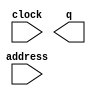
// megafunction wizard: %ROM: 1-PORT%VBB%
// GENERATION: STANDARD
// VERSION: WM1.0
// MODULE: altsyncram 

// ============================================================
// Megafunction Name(s):
// 			altsyncram
//
// Simulation Library Files(s):
// 			altera_mf
// ============================================================
// ************************************************************
// THIS IS A WIZARD-GENERATED FILE. DO NOT EDIT THIS FILE!
//
// 19.1.0 Build 670 09/22/2019 SJ Lite Edition
// ************************************************************

//Copyright (C) 2019  Intel Corporation. All rights reserved.
//Your use of Intel Corporation's design tools, logic functions 
//and other software and tools, and any partner logic 
//functions, and any output files from any of the foregoing 
//(including device programming or simulation files), and any 
//associated documentation or information are expressly subject 
//to the terms and conditions of the Intel Program License 
//Subscription Agreement, the Intel Quartus Prime License Agreement,
//the Intel FPGA IP License Agreement, or other applicable license
//agreement, including, without limitation, that your use is for
//the sole purpose of programming logic devices manufactured by
//Intel and sold by Intel or its authorized distributors.  Please
//refer to the applicable agreement for further details, at
//https://fpgasoftware.intel.com/eula.

module bg_tex_mem (
	address,
	clock,
	q);

	input	[9:0]  address;
	input	  clock;
	output	[23:0]  q;
`ifndef ALTERA_RESERVED_QIS
// synopsys translate_off
`endif
	tri1	  clock;
`ifndef ALTERA_RESERVED_QIS
// synopsys translate_on
`endif

endmodule

// ============================================================
// CNX file retrieval info
// ============================================================
// Retrieval info: PRIVATE: ADDRESSSTALL_A NUMERIC "0"
// Retrieval info: PRIVATE: AclrAddr NUMERIC "0"
// Retrieval info: PRIVATE: AclrByte NUMERIC "0"
// Retrieval info: PRIVATE: AclrOutput NUMERIC "0"
// Retrieval info: PRIVATE: BYTE_ENABLE NUMERIC "0"
// Retrieval info: PRIVATE: BYTE_SIZE NUMERIC "8"
// Retrieval info: PRIVATE: BlankMemory NUMERIC "0"
// Retrieval info: PRIVATE: CLOCK_ENABLE_INPUT_A NUMERIC "0"
// Retrieval info: PRIVATE: CLOCK_ENABLE_OUTPUT_A NUMERIC "0"
// Retrieval info: PRIVATE: Clken NUMERIC "0"
// Retrieval info: PRIVATE: IMPLEMENT_IN_LES NUMERIC "0"
// Retrieval info: PRIVATE: INIT_FILE_LAYOUT STRING "PORT_A"
// Retrieval info: PRIVATE: INIT_TO_SIM_X NUMERIC "0"
// Retrieval info: PRIVATE: INTENDED_DEVICE_FAMILY STRING "Cyclone V"
// Retrieval info: PRIVATE: JTAG_ENABLED NUMERIC "0"
// Retrieval info: PRIVATE: JTAG_ID STRING "NONE"
// Retrieval info: PRIVATE: MAXIMUM_DEPTH NUMERIC "0"
// Retrieval info: PRIVATE: MIFfilename STRING "./textures/bg.mif"
// Retrieval info: PRIVATE: NUMWORDS_A NUMERIC "1024"
// Retrieval info: PRIVATE: RAM_BLOCK_TYPE NUMERIC "0"
// Retrieval info: PRIVATE: RegAddr NUMERIC "1"
// Retrieval info: PRIVATE: RegOutput NUMERIC "1"
// Retrieval info: PRIVATE: SYNTH_WRAPPER_GEN_POSTFIX STRING "0"
// Retrieval info: PRIVATE: SingleClock NUMERIC "1"
// Retrieval info: PRIVATE: UseDQRAM NUMERIC "0"
// Retrieval info: PRIVATE: WidthAddr NUMERIC "10"
// Retrieval info: PRIVATE: WidthData NUMERIC "24"
// Retrieval info: PRIVATE: rden NUMERIC "0"
// Retrieval info: LIBRARY: altera_mf altera_mf.altera_mf_components.all
// Retrieval info: CONSTANT: ADDRESS_ACLR_A STRING "NONE"
// Retrieval info: CONSTANT: CLOCK_ENABLE_INPUT_A STRING "BYPASS"
// Retrieval info: CONSTANT: CLOCK_ENABLE_OUTPUT_A STRING "BYPASS"
// Retrieval info: CONSTANT: INIT_FILE STRING "./textures/bg.mif"
// Retrieval info: CONSTANT: INTENDED_DEVICE_FAMILY STRING "Cyclone V"
// Retrieval info: CONSTANT: LPM_HINT STRING "ENABLE_RUNTIME_MOD=NO"
// Retrieval info: CONSTANT: LPM_TYPE STRING "altsyncram"
// Retrieval info: CONSTANT: NUMWORDS_A NUMERIC "1024"
// Retrieval info: CONSTANT: OPERATION_MODE STRING "ROM"
// Retrieval info: CONSTANT: OUTDATA_ACLR_A STRING "NONE"
// Retrieval info: CONSTANT: OUTDATA_REG_A STRING "CLOCK0"
// Retrieval info: CONSTANT: WIDTHAD_A NUMERIC "10"
// Retrieval info: CONSTANT: WIDTH_A NUMERIC "24"
// Retrieval info: CONSTANT: WIDTH_BYTEENA_A NUMERIC "1"
// Retrieval info: USED_PORT: address 0 0 10 0 INPUT NODEFVAL "address[9..0]"
// Retrieval info: USED_PORT: clock 0 0 0 0 INPUT VCC "clock"
// Retrieval info: USED_PORT: q 0 0 24 0 OUTPUT NODEFVAL "q[23..0]"
// Retrieval info: CONNECT: @address_a 0 0 10 0 address 0 0 10 0
// Retrieval info: CONNECT: @clock0 0 0 0 0 clock 0 0 0 0
// Retrieval info: CONNECT: q 0 0 24 0 @q_a 0 0 24 0
// Retrieval info: GEN_FILE: TYPE_NORMAL bg_tex_mem.v TRUE
// Retrieval info: GEN_FILE: TYPE_NORMAL bg_tex_mem.inc FALSE
// Retrieval info: GEN_FILE: TYPE_NORMAL bg_tex_mem.cmp FALSE
// Retrieval info: GEN_FILE: TYPE_NORMAL bg_tex_mem.bsf FALSE
// Retrieval info: GEN_FILE: TYPE_NORMAL bg_tex_mem_inst.v FALSE
// Retrieval info: GEN_FILE: TYPE_NORMAL bg_tex_mem_bb.v TRUE
// Retrieval info: LIB_FILE: altera_mf